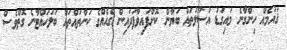
ޤައުމެއް ހިންގާނެ މައިގަޑު އުސޫލުތައް ބަޔާން ކޮށްފައިވާފަދައިން ގެއެއްގެ ކަންތައްތައް ބަލަހައްޓާނެ ގޮތްވެސް